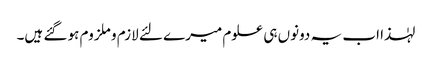
لہٰذا اب یہ دونوں ہی علوم میرے لئے لازم و ملزوم ہو گئے ہیں۔